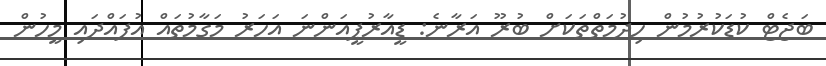
ބަޖެޓް ކުޑަކުރުމުން ހިދުމަތްތަކަށް ބުރޫ އަރާނެ: ޑީއާރުޕީއަންނަ އަހަރު މަގާމުތައް އުފައްދައި މީހުން